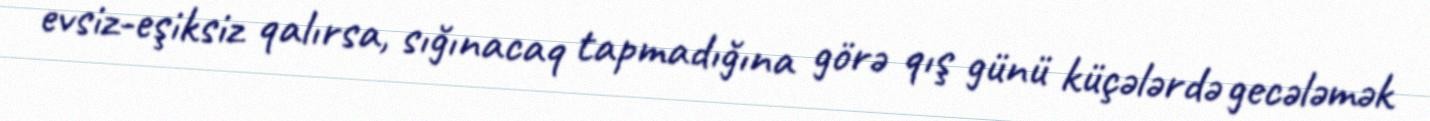
evsiz-eşiksiz qalırsa, sığınacaq tapmadığına görə qış günü küçələrdə gecələmək